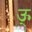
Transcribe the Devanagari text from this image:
ऊ्